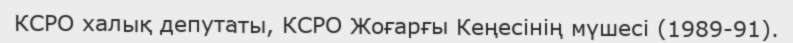
КСРО халық депутаты, КСРО Жоғарғы Кеңесінің мүшесі (1989-91).